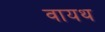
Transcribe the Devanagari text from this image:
वायथ